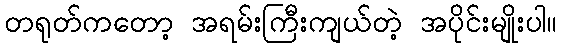
တရုတ်ကတော့ အရမ်းကြီးကျယ်တဲ့ အပိုင်းမျိုးပါ။